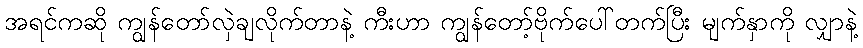
အရင်ကဆို ကျွန်တော်လှဲချလိုက်တာနဲ့ ကီးဟာ ကျွန်တော့်ဗိုက်ပေါ်တက်ပြီး မျက်နှာကို လျှာနဲ့